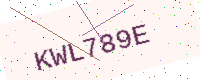
Text: KWL789E